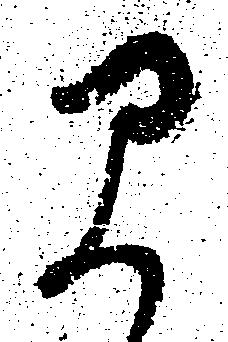
早